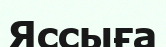
Яссыға